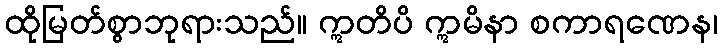
ထိုမြတ်စွာဘုရားသည်။ ဣတိပိ ဣမိနာ စကာရဏေန၊